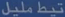
تتبع-میلین